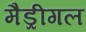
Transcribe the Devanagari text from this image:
मैड्रीगल